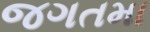
જગતમા